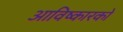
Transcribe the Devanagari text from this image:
आविष्कारको